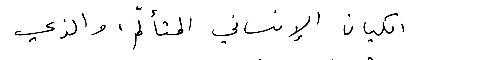
الكيان الإنساني المتألّم، والذي